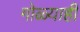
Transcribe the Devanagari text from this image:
गोळ्याही